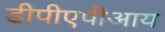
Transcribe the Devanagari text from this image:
डीपीएपीआय